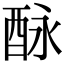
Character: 𨠕